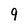
Character: 9